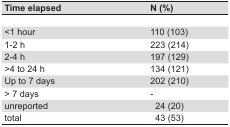
<table><thead><tr><td><b>Time elapsed</b></td><td><b>N (%)</b></td></tr></thead><tbody><tr><td> </td><td> </td></tr><tr><td>&lt;1 hour</td><td>110 (103)</td></tr><tr><td>1-2 h</td><td>223 (214)</td></tr><tr><td>2-4 h</td><td>197 (129)</td></tr><tr><td>&gt;4 to 24 h</td><td>134 (121)</td></tr><tr><td>Up to 7 days</td><td>202 (210)</td></tr><tr><td>&gt; 7 days</td><td>-</td></tr><tr><td>unreported</td><td>24 (20)</td></tr><tr><td>total</td><td>43 (53)</td></tr></tbody></table>